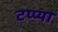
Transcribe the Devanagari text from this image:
टप्प्या